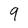
Character: 9